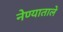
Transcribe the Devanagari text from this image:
नेण्याताले